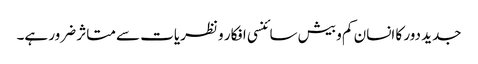
جدید دور کا انسان کم و بیش سائنسی افکار و نظریات سے متاثر ضرور ہے۔